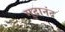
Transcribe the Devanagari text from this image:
मुद्रानंद